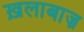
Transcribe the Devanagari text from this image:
ख़लाबाज़